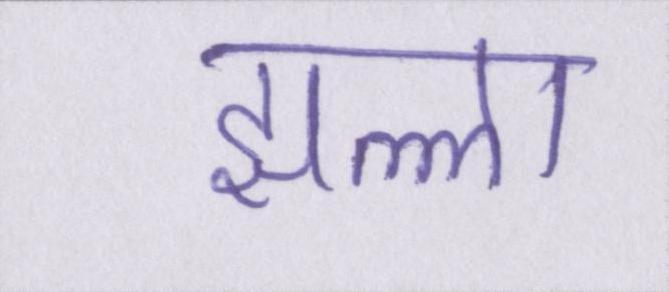
झल्ला